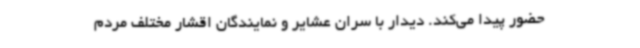
حضور پیدا می‌کند. دیدار با سران عشایر و نمایندگان اقشار مختلف مردم